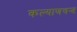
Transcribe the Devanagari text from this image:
कल्याणचन्द